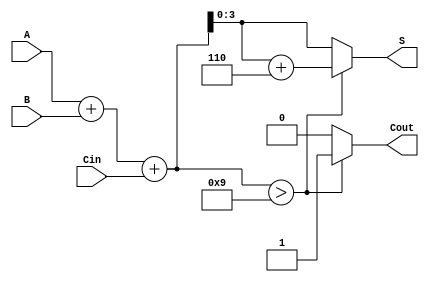
module bcd_adder (
    input [3:0] A,      // First BCD digit
    input [3:0] B,      // Second BCD digit
    input Cin,          // Carry-in
    output reg [3:0] S, // BCD Sum
    output reg Cout     // Carry-out
);

    wire [4:0] sum;     // 5-bit sum to accommodate carry
    wire correction;     // Flag for correction

    // Step 1: Perform binary addition
    assign sum = A + B + Cin;

    // Step 2: Check if correction is needed
    assign correction = sum > 9;

    // Step 3: Generate the corrected BCD sum
    always @(*) begin
        if (correction) begin
            S = sum + 6; // Add 6 for BCD correction
            Cout = 1;    // Set carry-out
        end else begin
            S = sum[3:0]; // No correction needed
            Cout = 0;     // No carry-out
        end
    end

endmodule